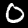
Label: 0